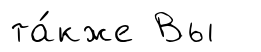
та́кже Вы